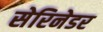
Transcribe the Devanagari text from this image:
सेरिनेडर